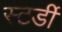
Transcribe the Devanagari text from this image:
स्टर्डी